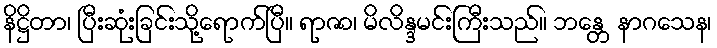
နိဋ္ဌိတာ၊ ပြီးဆုံးခြင်းသို့ရောက်ပြီ။ ရာဇာ၊ မိလိန္ဒမင်းကြီးသည်။ ဘန္တေ နာဂသေန၊